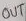
Text: OUT